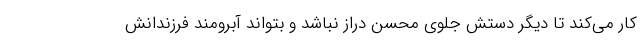
کار می‌کند تا دیگر دستش جلوی محسن دراز نباشد و بتواند آبرومند فرزندانش